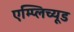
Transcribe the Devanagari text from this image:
एम्प्लिच्यूड